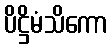
ပိဋ္ဌိမံသိကော